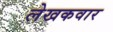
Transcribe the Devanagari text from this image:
लेखकवार